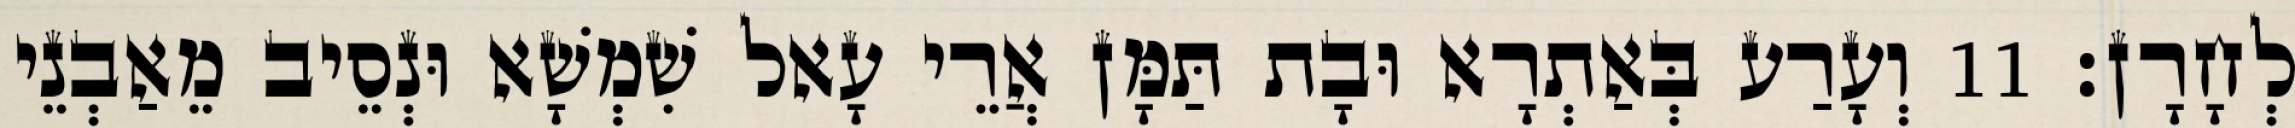
לְחָרָן׃ 11 וְעָרַע בְּאַתְרָא וּבָת תַּמָּן אֲרֵי עָאל שִׁמְשָׁא וּנְסֵיב מֵאַבְנֵי